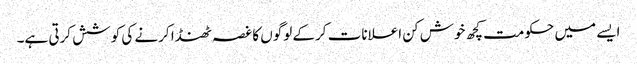
ایسے میں حکومت کچھ خوش کن اعلانات کرکے لوگوں کا غصہ ٹھنڈا کرنے کی کوشش کرتی ہے۔